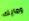
ومايك